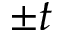
\pm t